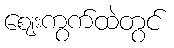
ဈေးကွက်ထဲတွင်